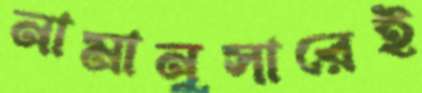
নামানুসারেই